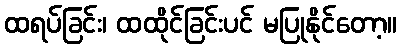
ထရပ်ခြင်း၊ ထထိုင်ခြင်းပင် မပြုနိုင်တော့။